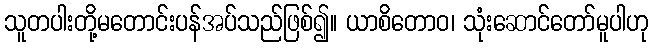
သူတပါးတို့မတောင်းပန်အပ်သည်ဖြစ်၍။ ယာစိတောဝ၊ သုံးဆောင်တော်မူပါဟု